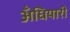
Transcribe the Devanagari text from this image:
अँधियारी